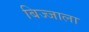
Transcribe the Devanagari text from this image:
बिज्जाला